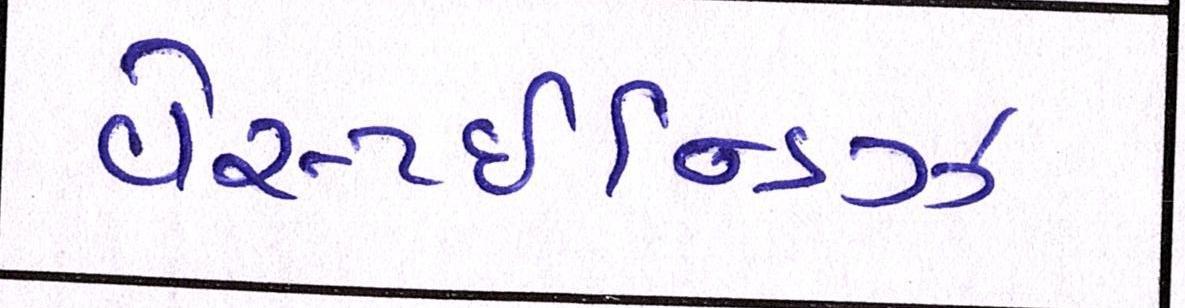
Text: વેસ્ટઈન્ડિઝ